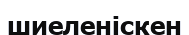
шиеленіскен